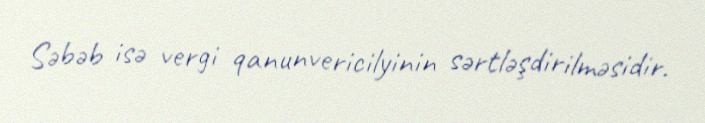
Səbəb isə vergi qanunvericilyinin sərtləşdirilməsidir.